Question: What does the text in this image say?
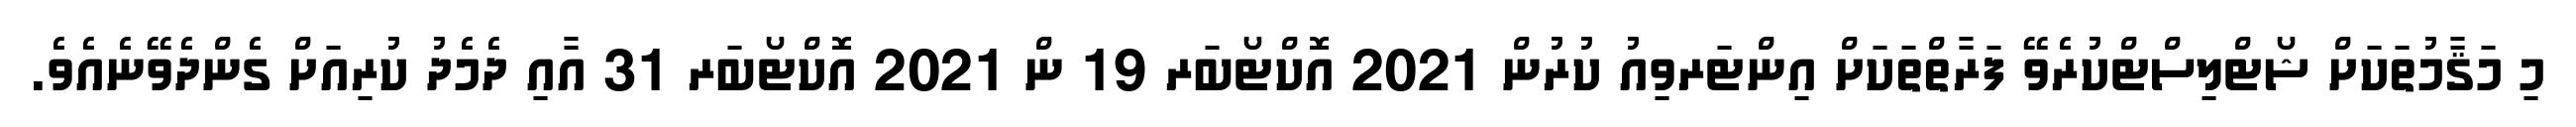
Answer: މި މަޤާމުތަކަށް ޝޯޓްލިސްޓްކުރެވޭ ފަރާތްތަކަށް އިންޓަރވިއު ކުރުން 2021 އޮކްޓޯބަރ 19 ން 2021 އޮކްޓޯބަރ 31 އާއި ދެމެދު ކުރިއަށް ގެންދެވޭނެއެވެ.